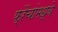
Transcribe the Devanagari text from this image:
फ्रेंचांमध्ये